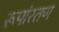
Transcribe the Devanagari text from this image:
रूपांरतण